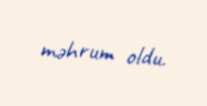
məhrum oldu.